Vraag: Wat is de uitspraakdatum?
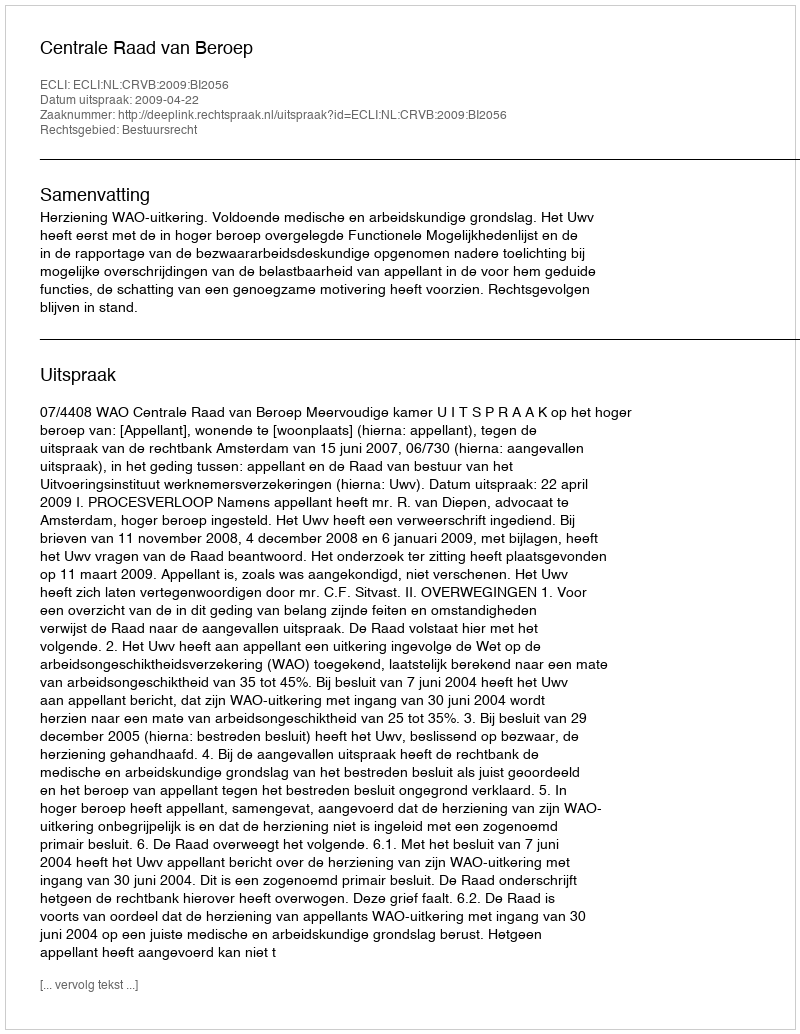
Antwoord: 2009-04-22